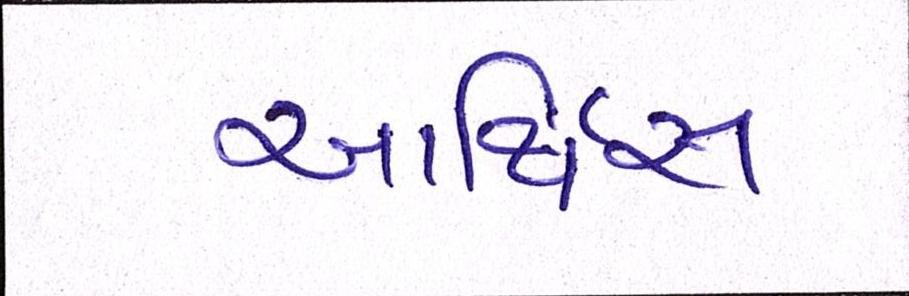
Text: આર્ચિસ